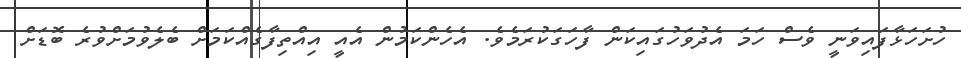
ހުށަހަޅާފައިވަނީ ވެސް ހަމަ އެދުވަހުގައިކަން ފާހަގަކުރަމެވެ. އެހެންކަމުން އެއީ އިއްތިފާގެއްކަމަށް ބެލެވުމަށްވުރެ ބޮޑަށް